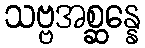
သဗ္ဗအစ္ဆန္နေ